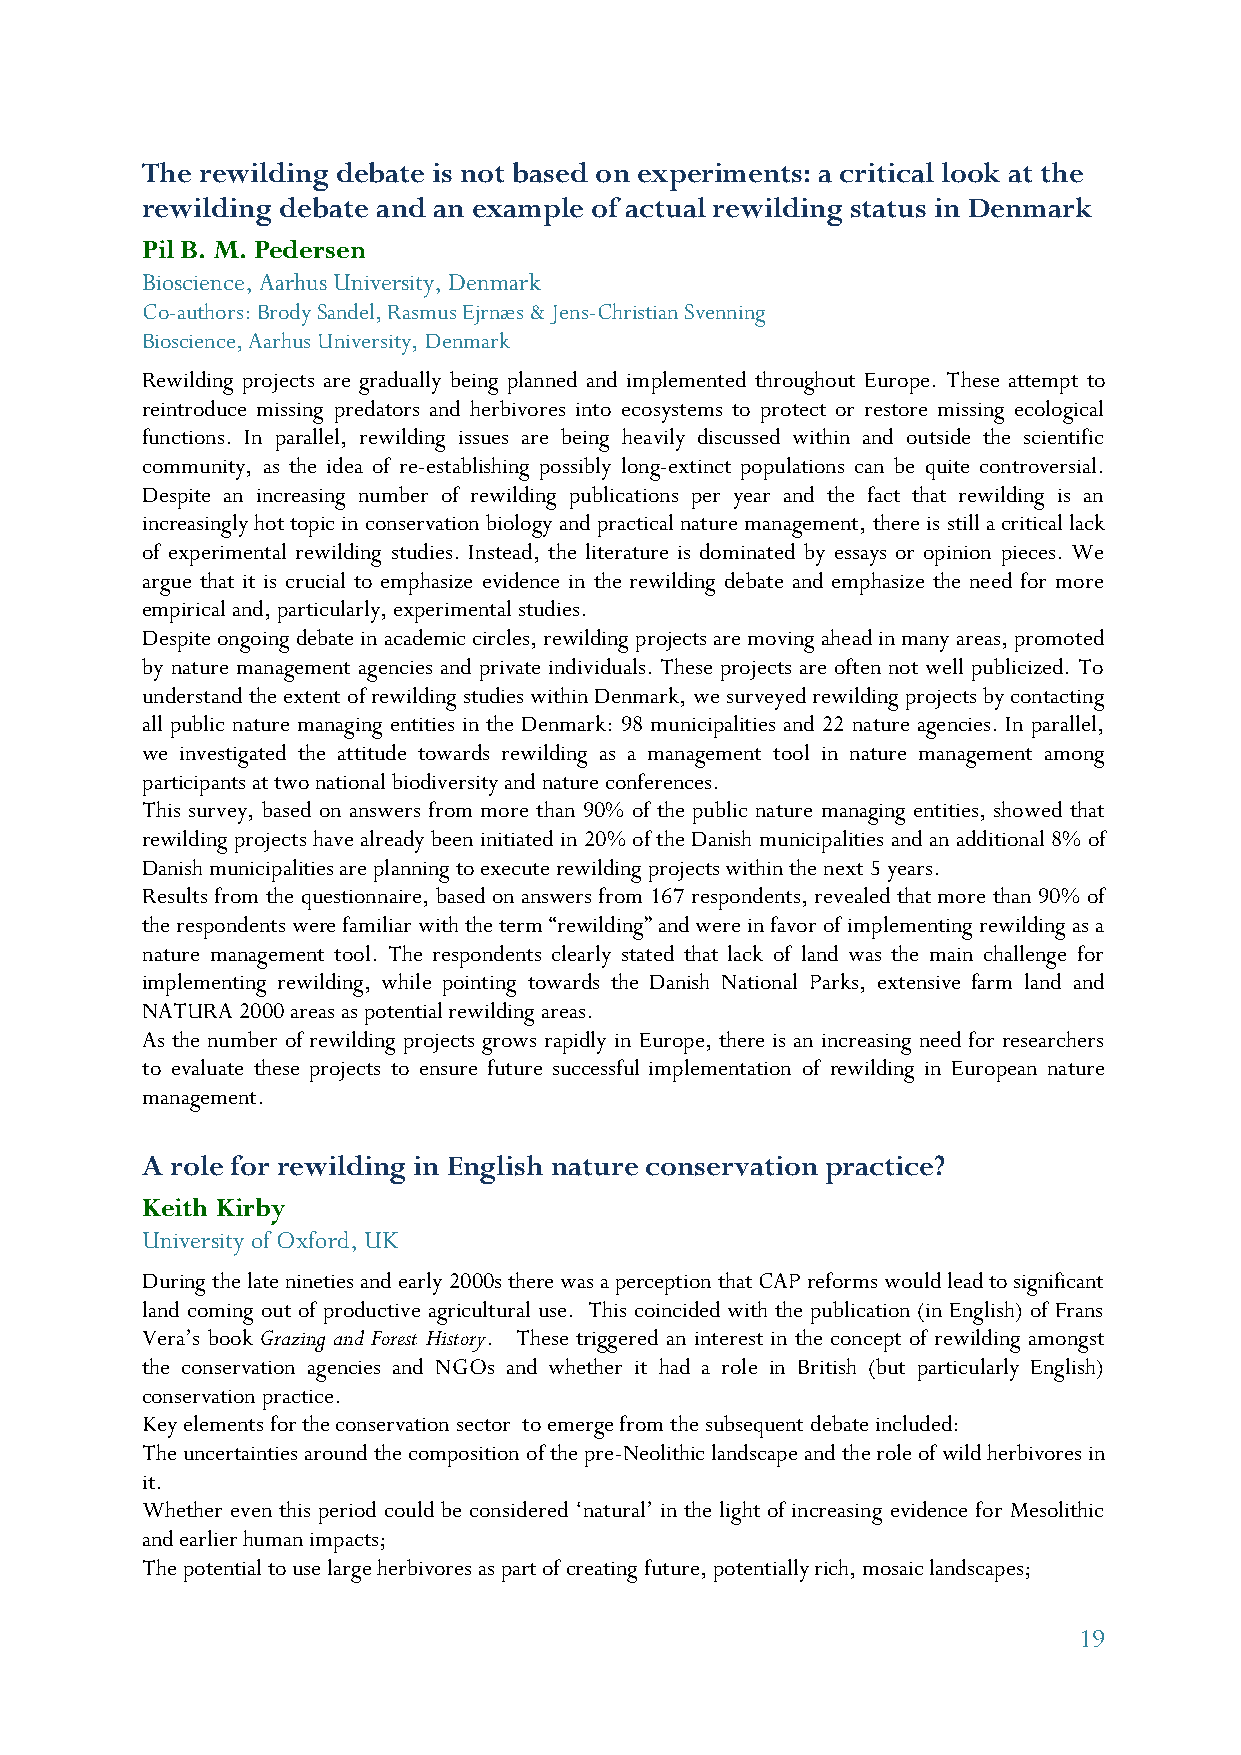
The rewilding debate is not based on experiments: a critical look at the
 rewilding debate and an example of actual rewilding status in Denmark
 Pil B. M. Pedersen
 Bioscience, Aarhus University, Denmark
 Co-authors: Brody Sandel, Rasmus Ejrnæs & Jens-Christian Svenning
 Bioscience, Aarhus University, Denmark
 Rewilding projects are gradually being planned and implemented throughout Europe. These attempt to
 reintroduce missing predators and herbivores into ecosystems to protect or restore missing ecological
 functions. In parallel, rewilding issues are being heavily discussed within and outside the scientific
 community, as the idea of re-establishing possibly long-extinct populations can be quite controversial.
 Despite an increasing number of rewilding publications per year and the fact that rewilding is an
 increasingly hot topic in conservation biology and practical nature management, there is still a critical lack
 of experimental rewilding studies. Instead, the literature is dominated by essays or opinion pieces. We
 argue that it is crucial to emphasize evidence in the rewilding debate and emphasize the need for more
 empirical and, particularly, experimental studies.
 Despite ongoing debate in academic circles, rewilding projects are moving ahead in many areas, promoted
 by nature management agencies and private individuals. These projects are often not well publicized. To
 understand the extent of rewilding studies within Denmark, we surveyed rewilding projects by contacting
 all public nature managing entities in the Denmark: 98 municipalities and 22 nature agencies. In parallel,
 we investigated the attitude towards rewilding as a management tool in nature management among
 participants at two national biodiversity and nature conferences.
 This survey, based on answers from more than 90% of the public nature managing entities, showed that
 rewilding projects have already been initiated in 20% of the Danish municipalities and an additional 8% of
 Danish municipalities are planning to execute rewilding projects within the next 5 years.
 Results from the questionnaire, based on answers from 167 respondents, revealed that more than 90% of
 the respondents were familiar with the term “rewilding” and were in favor of implementing rewilding as a
 nature management tool. The respondents clearly stated that lack of land was the main challenge for
 implementing rewilding, while pointing towards the Danish National Parks, extensive farm land and
 NATURA 2000 areas as potential rewilding areas.
 As the number of rewilding projects grows rapidly in Europe, there is an increasing need for researchers
 to evaluate these projects to ensure future successful implementation of rewilding in European nature
 management.
 A role for rewilding in English nature conservation practice?
 Keith Kirby
 University of Oxford, UK
 During the late nineties and early 2000s there was a perception that CAP reforms would lead to significant
 land coming out of productive agricultural use. This coincided with the publication (in English) of Frans
 Vera’s book Grazing and Forest History. These triggered an interest in the concept of rewilding amongst
 the conservation agencies and NGOs and whether it had a role in British (but particularly English)
 conservation practice.
 Key elements for the conservation sector to emerge from the subsequent debate included:
 The uncertainties around the composition of the pre-Neolithic landscape and the role of wild herbivores in
 it.
 Whether even this period could be considered ‘natural’ in the light of increasing evidence for Mesolithic
 and earlier human impacts;
 The potential to use large herbivores as part of creating future, potentially rich, mosaic landscapes;
 19